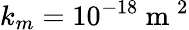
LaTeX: k_{m}=10^{-18}\mathrm{~m~}^{2}